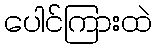
ပေါင်ကြားထဲ